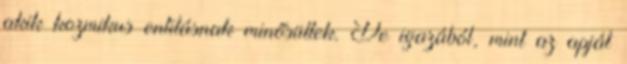
akik kozmikus entitásnak minősültek. De igazából, mint az apját